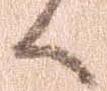
候